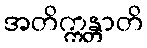
အတိက္ကန္တာတိ